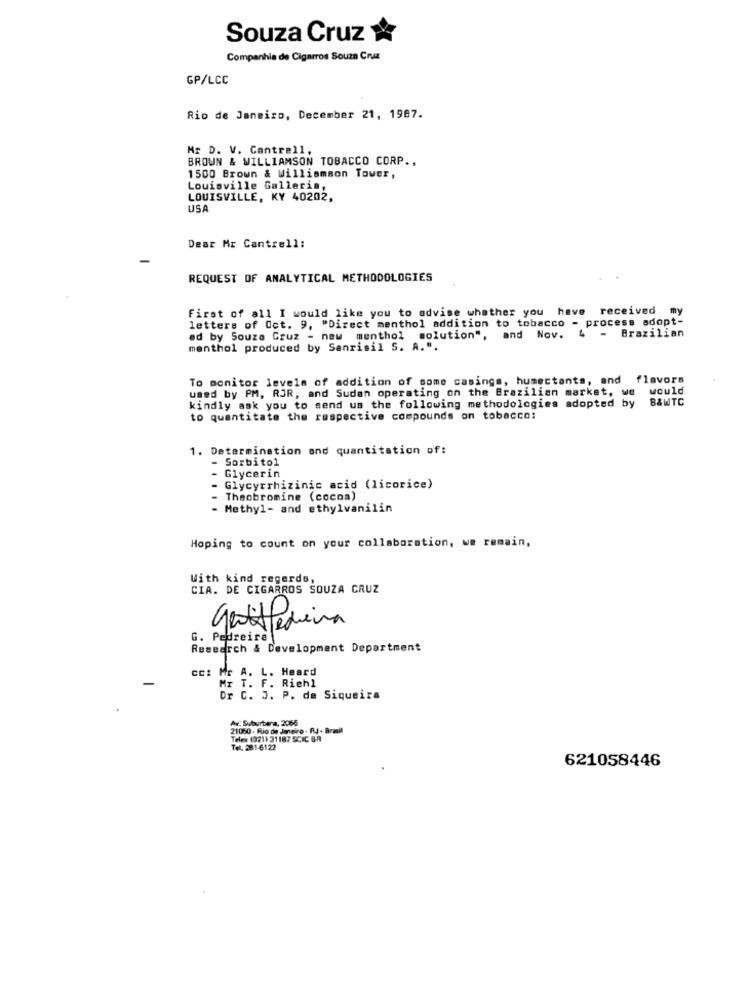
Souza Cruz
Companhia de Cigarros Souza Cruz
GP/LCC
Rio de Janeiro, December 21, 1987.
Mr D. V. Cantrell,
BROWN & WILLIAMSON TOBACCO CORP .,
1500 Brown & Williamson Tower,
Louisville Galleria,
LOUISVILLE, KY 40202,
USA
Dear Mr Cantrell:
REQUEST OF ANALYTICAL METHODOLOGIES
First of all I would like you to advise whether you have received my
letters of Oct. 9, "Direct menthol addition to tobacco - process adopt-
4 - Brazilian
ed by Souza Cruz - new menthol solution", and Nov.
menthol produced by Sanrisil S. A.".
To monitor levels of addition of some casings, humectants, and
flavors
used by PM, RJR, and Sudan operating on the Brazilian market, we
would
kindly ask you to send us the following methodologies adopted by
B&WTC
to quantitate the respective compounds on tobacco:
1. Determination and quantitation of:
Sorbitol
Glycerin
Glycyrrhizinic acid (licorice)
- Theobromine (cocoa)
- Methyl- and ethylvanilin
Hoping to count on your collaboration, we remain,
With kind regards,
CIA. DE CIGARROS SOUZA CRUZ
genistediera
G. Pedreira
Research & Development Department
cc: Mr A. L. Heard
Mr T. F. Richl
Dr C. J. P. de Siqueira
Av: Suburbana, 2066
21060 - Rio de Janeiro . RJ - Brasil
Telex 10211 31187 SCIC GA
Tel. 281-6122
621058446